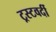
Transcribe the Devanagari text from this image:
ट्रस्टवर्दी